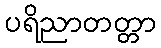
ပရိညာတတ္တာ